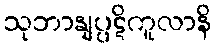
သုဘာနျပ္ပဋိကူလာနိ